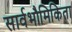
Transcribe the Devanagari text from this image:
सार्वभौमिकिता